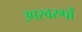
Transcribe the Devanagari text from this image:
उपस्वरुपों